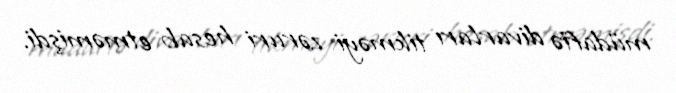
müdafiə divarları tikməyi zəruri hesab etməmişdi.